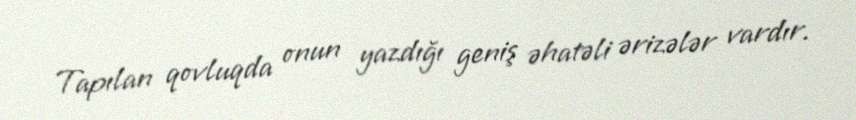
Tapılan qovluqda onun yazdığı geniş əhatəli ərizələr vardır.